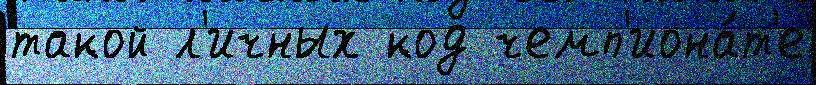
такой л'ичных код чемп'иона́т'е